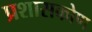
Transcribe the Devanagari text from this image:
प्रशासकोण